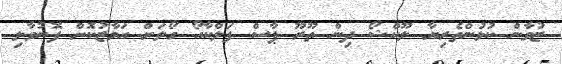
ޒުވާން ކުޅުންތެރިޔާ ލޫކްޝޯ ދިން ތޫރޫ ޕާސް ފަލްކާއޯ ގޯލަށް އަމާޒުކޮށް ފޮނުވާލި